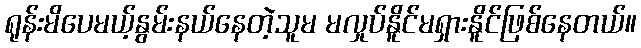
ရုန်းမိပေမယ့်နွမ်းနယ်နေတဲ့သူမ မလှုပ်နိူင်မရှားနိူင်ဖြစ်နေတယ်။